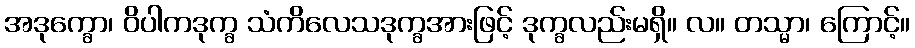
အဒုက္ခော၊ ဝိပါကဒုက္ခ သံကိလေသဒုက္ခအားဖြင့် ဒုက္ခလည်းမရှိ။ လ။ တသ္မာ၊ ကြောင့်။